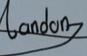
Signature authenticity: genuine